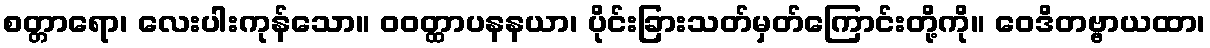
စတ္တာရော၊ လေးပါးကုန်သော။ ဝဝတ္ထာပနနယာ၊ ပိုင်းခြားသတ်မှတ်ကြောင်းတို့ကို။ ဝေဒိတဗ္ဗာယထာ၊